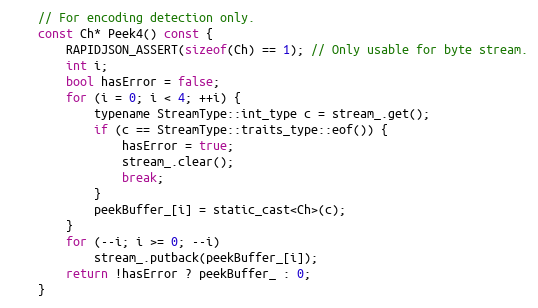
Language: C
    // For encoding detection only.
    const Ch* Peek4() const {
        RAPIDJSON_ASSERT(sizeof(Ch) == 1); // Only usable for byte stream.
        int i;
        bool hasError = false;
        for (i = 0; i < 4; ++i) {
            typename StreamType::int_type c = stream_.get();
            if (c == StreamType::traits_type::eof()) {
                hasError = true;
                stream_.clear();
                break;
            }
            peekBuffer_[i] = static_cast<Ch>(c);
        }
        for (--i; i >= 0; --i)
            stream_.putback(peekBuffer_[i]);
        return !hasError ? peekBuffer_ : 0;
    }